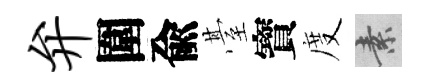
弁圍兪䑓寳度素